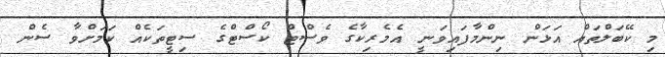
މި ކޭބަލްތައް އަޅަން ނިންމާފައިވަނީ އެމެރިކާގެ ވެސްޓް ކޯސްޓްގެ ސިޓީތަކެއް ކަމަށްވާ ސެން